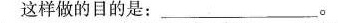
这样做的目的是：_________。